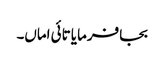
بجا فرمایا تائی اماں۔